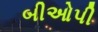
બીઓપી